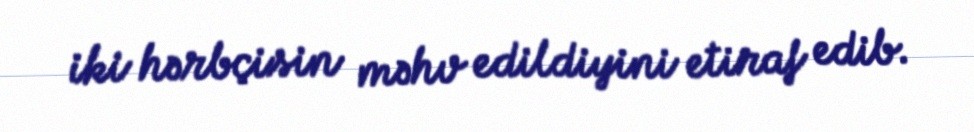
iki hərbçisin məhv edildiyini etiraf edib.